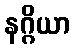
နဂ္ဂိယာ